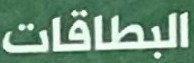
البطاقات